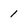
Character: 1